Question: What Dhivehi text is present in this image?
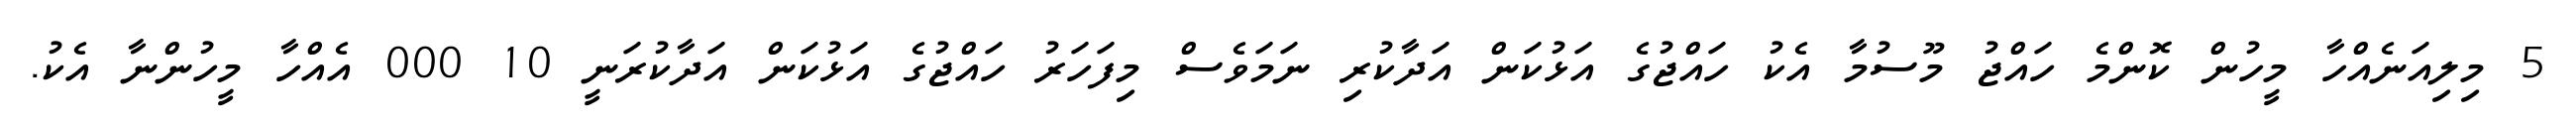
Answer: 5 މިލިއަނެއްހާ މީހުން ކޮންމެ ހައްޖު މޫސުމާ އެކު ހައްޖުގެ އަޅުކަން އަދާކުރި ނަމަވެސް މިފަހަރު ހައްޖުގެ އަޅުކަން އަދާކުރަނީ 10 000 އެއްހާ މީހުންނާ އެކު.